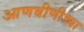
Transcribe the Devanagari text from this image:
आणबीणीच्या